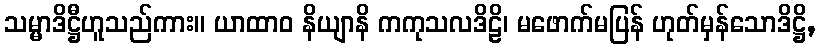
သမ္မာဒိဋ္ဌီဟူသည်ကား။ ယာထာဝ နိယျာနိ ကကုသလဒိဠိ၊ မဖောက်မပြန် ဟုတ်မှန်သောဒိဋ္ဌိ,